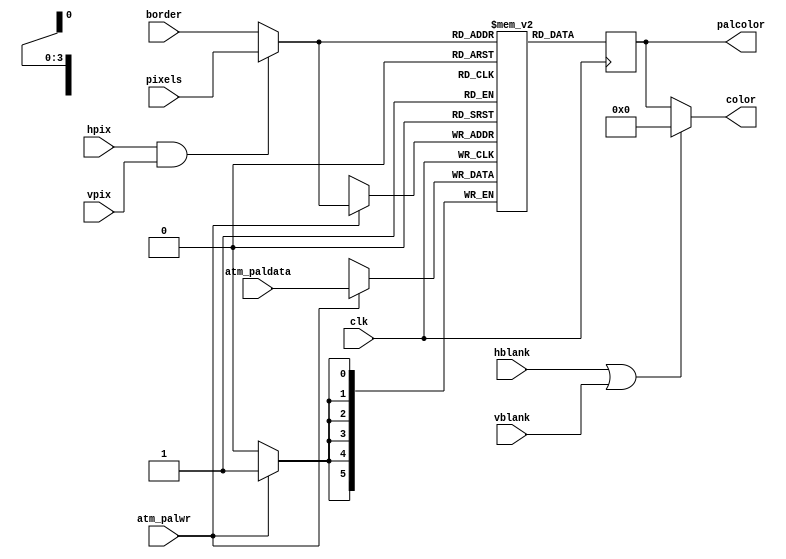
module video_palframe(

	input  wire        clk, // 28MHz clock


	input  wire        hpix,
	input  wire        vpix,

	input  wire        hblank,
	input  wire        vblank,

	input  wire [ 3:0] pixels,
	input  wire [ 3:0] border,


	input  wire        atm_palwr,
	input  wire [ 5:0] atm_paldata,


	output reg  [ 5:0] palcolor, // just for palette readback

	output wire [ 5:0] color
);


	wire [ 3:0] zxcolor;


	reg       win;
	reg [3:0] border_r;



//	always @(posedge clk)
//		win <= hpix & vpix;
//
//	always @(posedge clk)
//		border_r <= border;
//
//	assign zxcolor = win ? pixels : border_r;

	assign zxcolor = (hpix&vpix) ? pixels : border;


	// palette
	reg [5:0] palette [0:15]; // let quartus instantiate it as RAM if needed

	always @(posedge clk)
	begin
		if( atm_palwr )
			palette[zxcolor] <= atm_paldata;

		palcolor <= palette[zxcolor];
	end


	assign color = (hblank | vblank) ? 6'd0 : palcolor;


endmodule